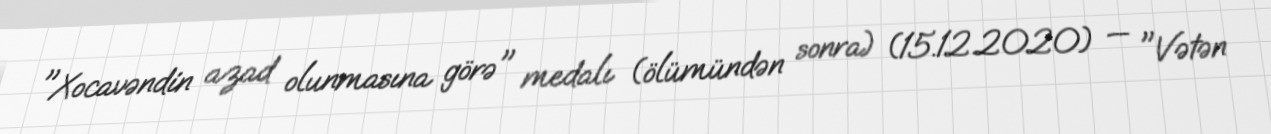
"Xocavəndin azad olunmasına görə" medalı (ölümündən sonra) (15.12.2020) — "Vətən